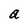
Character: a